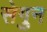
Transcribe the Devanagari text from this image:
सेगुन